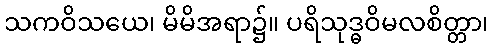
သကဝိသယေ၊ မိမိအရာ၌။ ပရိသုဒ္ဓဝိမလစိတ္တာ၊